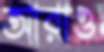
আরাও